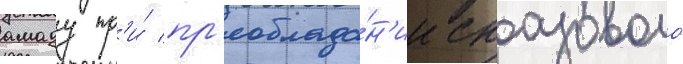
амаду пр'и́ пр'еоблада́н'ии сказового